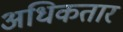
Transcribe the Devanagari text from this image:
अधिकतार